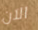
الآن